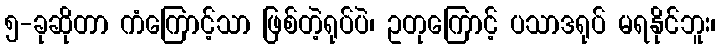
၅-ခုဆိုတာ ကံကြောင့်သာ ဖြစ်တဲ့ရုပ်ပဲ၊ ဥတုကြောင့် ပသာဒရုပ် မရနိုင်ဘူး၊